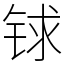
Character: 𨱇